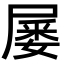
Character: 𡲹